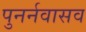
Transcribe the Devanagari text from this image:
पुनर्नवासव